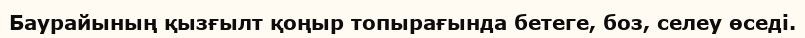
Баурайының қызғылт қоңыр топырағында бетеге, боз, селеу өседі.